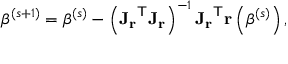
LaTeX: { \boldsymbol { \beta } } ^ { ( s + 1 ) } = { \boldsymbol { \beta } } ^ { ( s ) } - \left( \mathbf { J _ { r } } ^ { \mathsf { T } } \mathbf { J _ { r } } \right) ^ { - 1 } \mathbf { J _ { r } } ^ { \mathsf { T } } \mathbf { r } \left( { \boldsymbol { \beta } } ^ { ( s ) } \right) ,